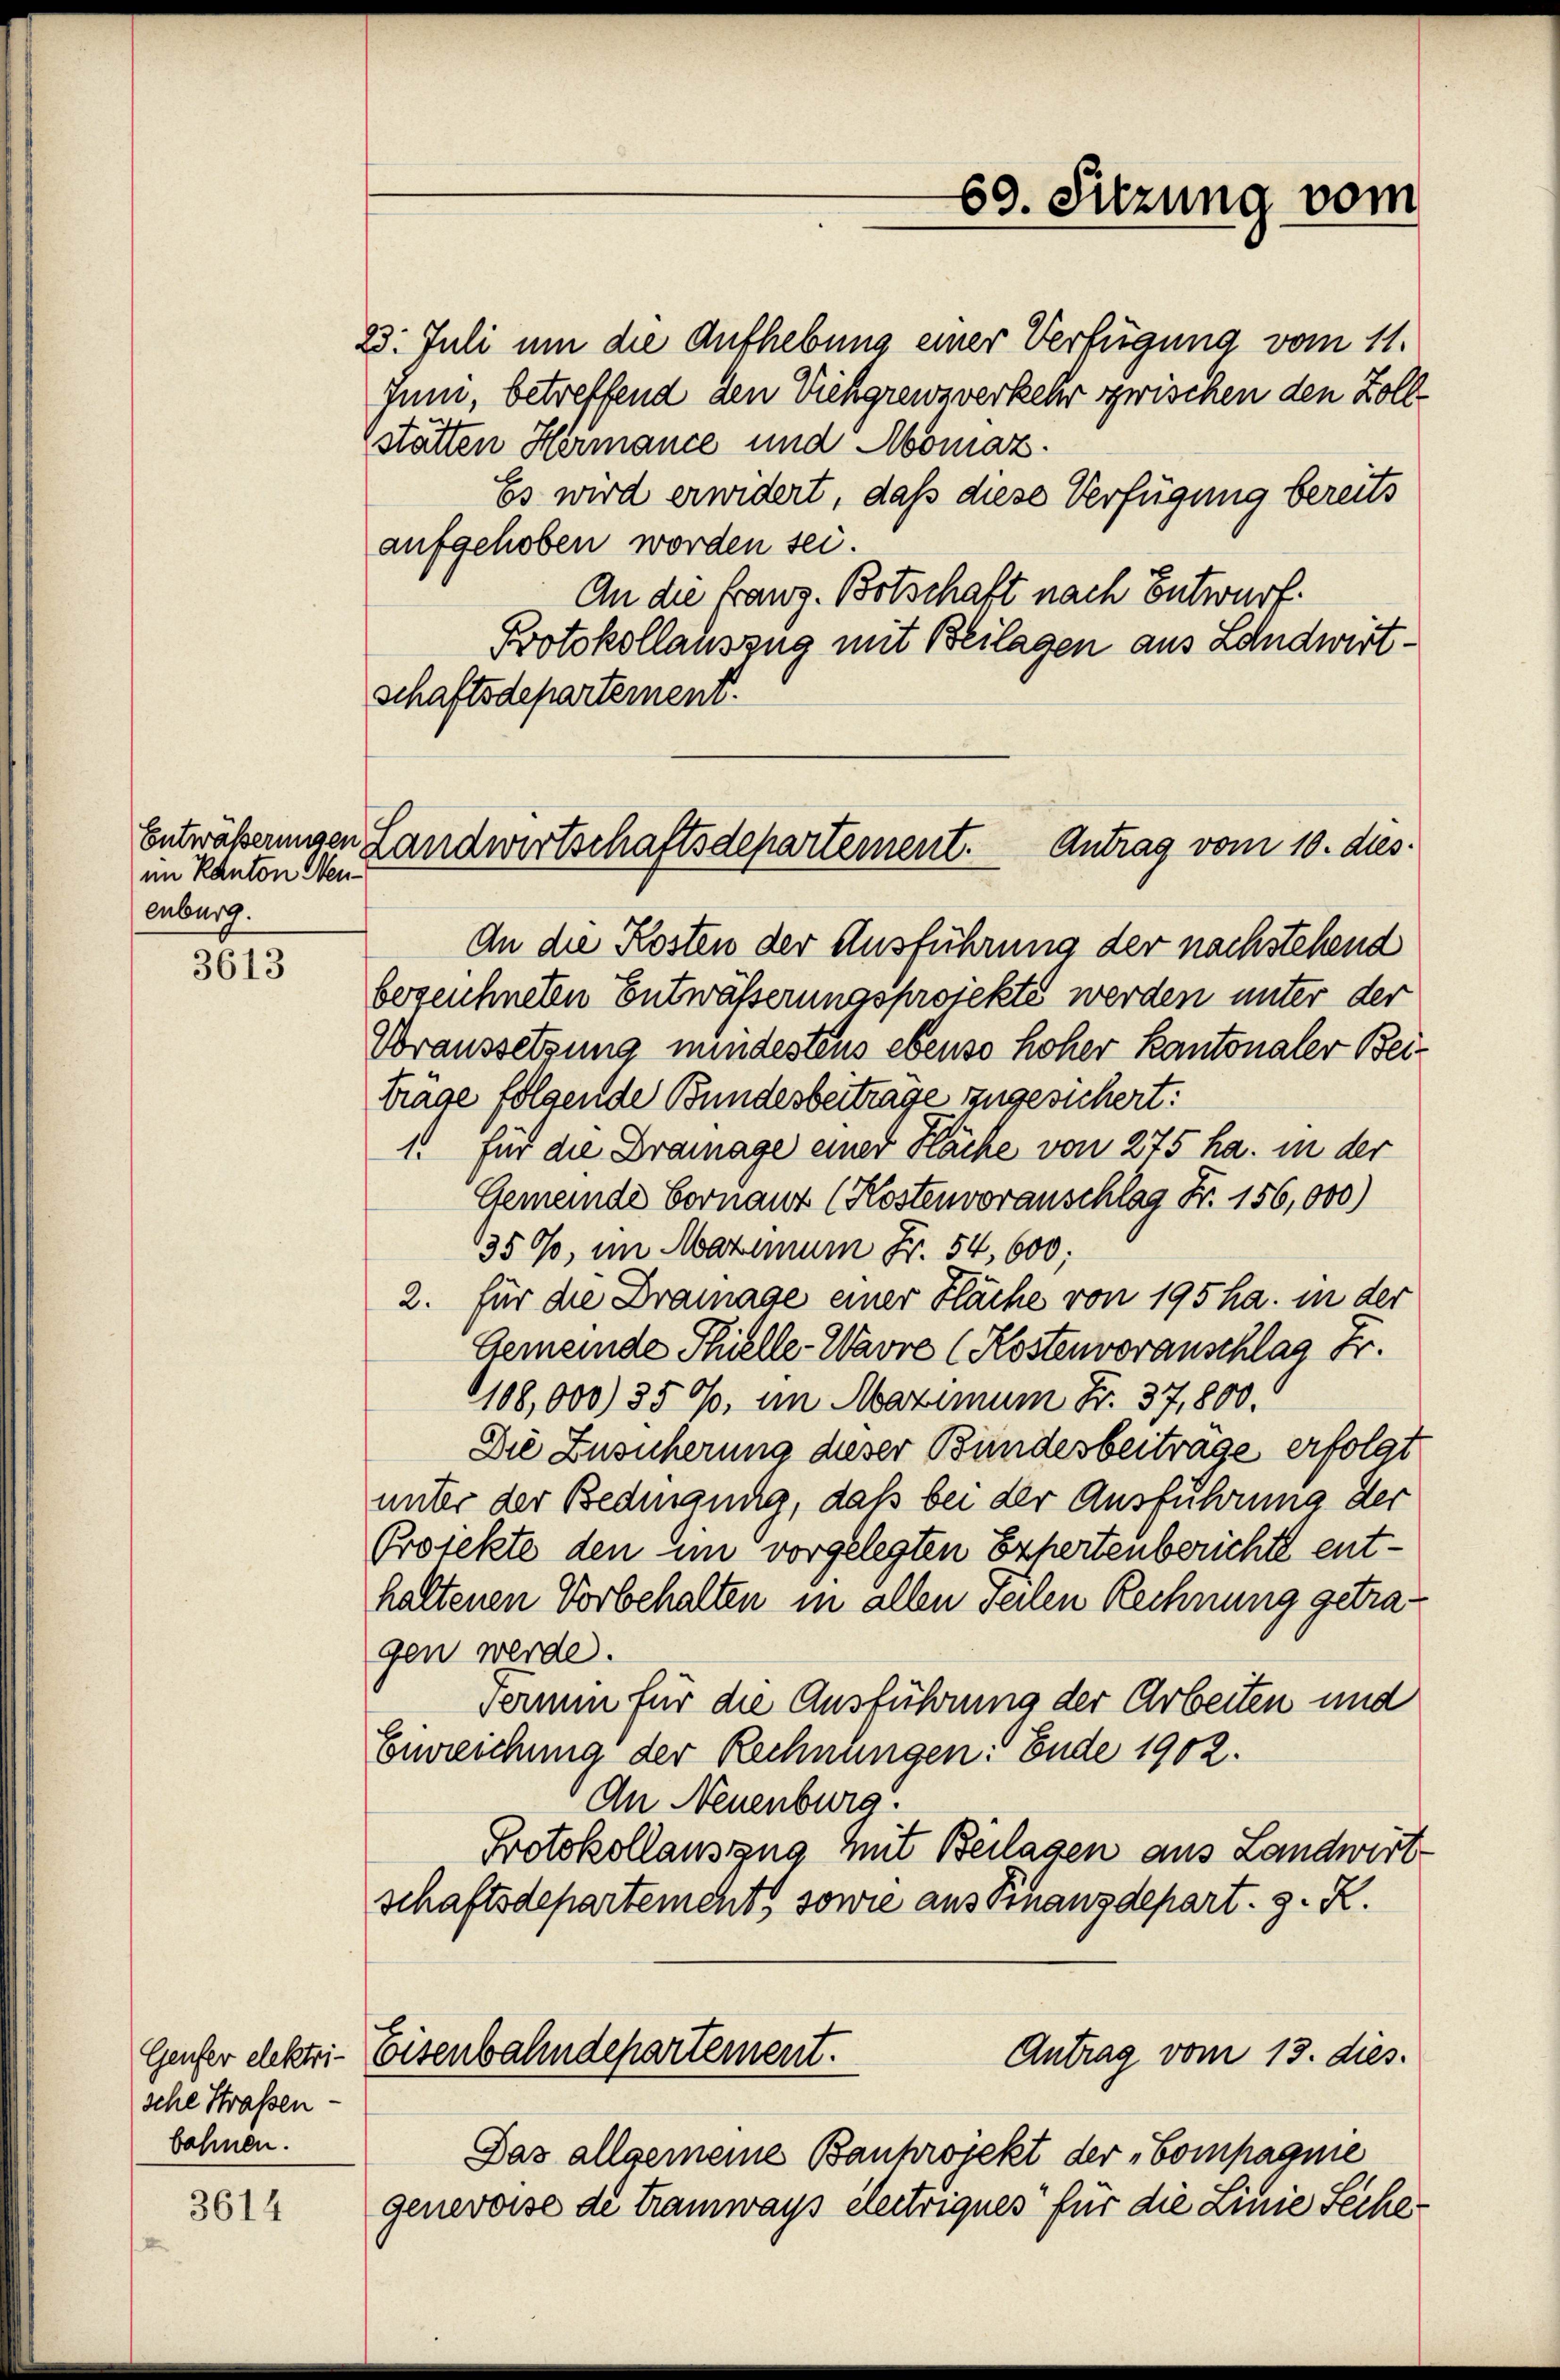
im Kanton Neuenburg.

3613

Genfer elektrische Strassen-
bahnen.

3614

Juni, betreffend den Vielgrenzverkehr zwischen den Zollstätten Hermance und Momaz.
Es wird erwidert, daß diese Verfügung bereits
aufgehoben worden sei.
An die Franz. Botschaft nach Entwurf.
Protokollauszug mit Beilagen aus Landwirtschaftsdepartement.
An die Kosten der Ausführung der nachstehend
bezeichneten Entwässerungsprojekte werden unter der
Voraussetzung mindestens ebenso hoher Kantonaler Beiträge folgende Bundesbeitrage zugesichert:
1. für die Drainage einer Häche von 275 ha. in der
Gemeinde Fornauz (Kostenvorauschlag Fr. 156,000)
1350, im Maximum Fr. 54, 600;
2. für die Dramage einer Fläche von 195 ha. in der
Gemeinde Thielle-Wavre (Kostenvoranschlag Fr.
108,000) 350, im Maximum Fr. 37,800.
Die Zusicherung dieser Bundesbeiträge erfolgt
unter der Bedingung, daß bei der Ausführung der
Projekte den Ein vorgelegten Exhertenberichte enthaltenen Vorbehalten in allen Teilen Rechnung getragen werde.
Termin für die Ausführung der Arbeiten und
Emreichung der Rechnungen: Ende 1902.
An Neuenburg.
Protokollauszug mit Beilagen aus Landwirt
schaftsdepartements sowie aus Finanzdepart. 3. K.
Antrag vom 13. dies
Eisenbahndepartement.
Das allgemeine Bauprojekt der Compagnie
genevoise de Tramways électriques für die Linie Seche

Entwäßerungen Landwirtschaftsdepartement. Antrag vom 10. dies

23. Juli um die Aufhebung einer Verfügung vom 11.

69. Sitzung vom